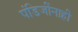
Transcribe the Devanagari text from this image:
पंडिजींनाही